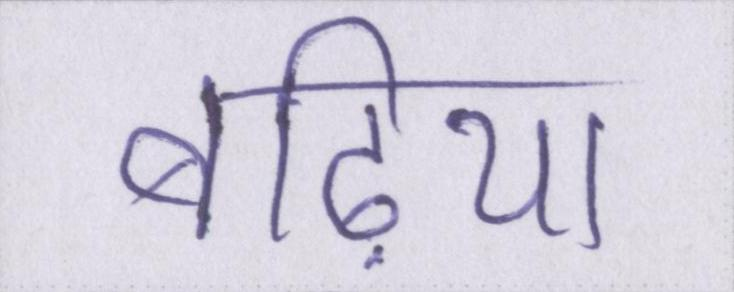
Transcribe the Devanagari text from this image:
बढ़िया